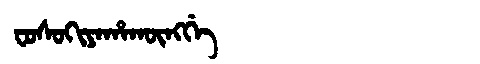
Manchu: ᠸᠣᠰᠣᡴᡳᠶᠠᡥᠠᡴᡡᠩᡤᡝ
Romanization: FOSOKIYAHAKŪNGGE